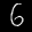
Label: 6